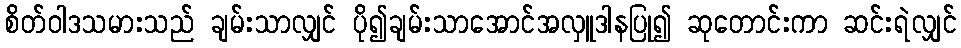
စိတ်ဝါဒသမားသည် ချမ်းသာလျှင် ပို၍ချမ်းသာအောင်အလှူဒါနပြု၍ ဆုတောင်းကာ ဆင်းရဲလျှင်